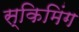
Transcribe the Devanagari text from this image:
स्किमिंग